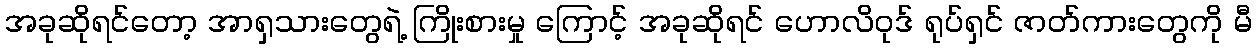
အခုဆိုရင်တော့ အာရှသားတွေရဲ့ ကြိုးစားမှု ကြောင့် အခုဆိုရင် ဟောလိဝုဒ် ရုပ်ရှင် ဇာတ်ကားတွေကို မီ